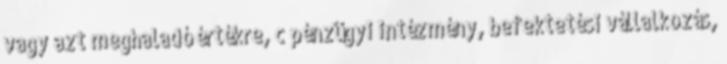
vagy azt meghaladó értékre, c pénzügyi intézmény, befektetési vállalkozás,